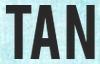
TAN